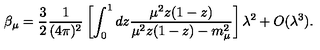
\beta _ { \mu } = \frac { 3 } { 2 } \frac { 1 } { ( 4 \pi ) ^ { 2 } } \left[ \int _ { 0 } ^ { 1 } d z \frac { \mu ^ { 2 } z ( 1 - z ) } { \mu ^ { 2 } z ( 1 - z ) - m _ { \mu } ^ { 2 } } \right] \lambda ^ { 2 } + O ( \lambda ^ { 3 } ) .